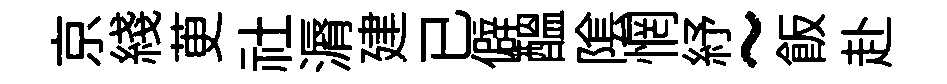
京綫茰社漘建已僻醖隂惘紓~飯赴